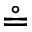
\circeq